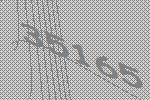
35165